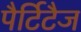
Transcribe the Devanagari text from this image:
पैर्टिटैज